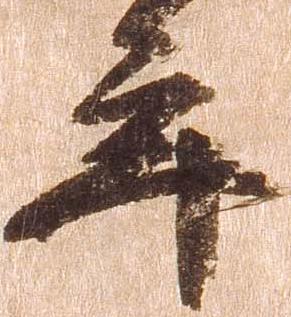
年